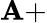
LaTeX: \mathbf{A}+